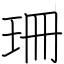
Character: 珊